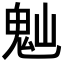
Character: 𩲀